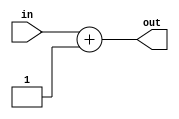
module incrementer( output reg [9:0] out,
                    input [9:0] in);

    always @(in) out = in + 10'b1;

endmodule